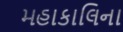
મહાકાલિના